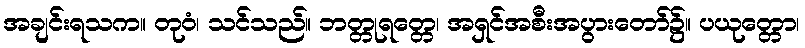
အချင်းရသက။ တုဝံ၊ သင်သည်။ ဘတ္တုရတ္တေ၊ အရှင်အစီးအပွားတော်၌။ ပယုတ္တော၊